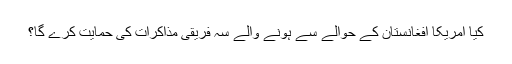
کیا امریکا افغانستان کے حوالے سے ہونے والے سہ فریقی مذاکرات کی حمایت کرے گا؟